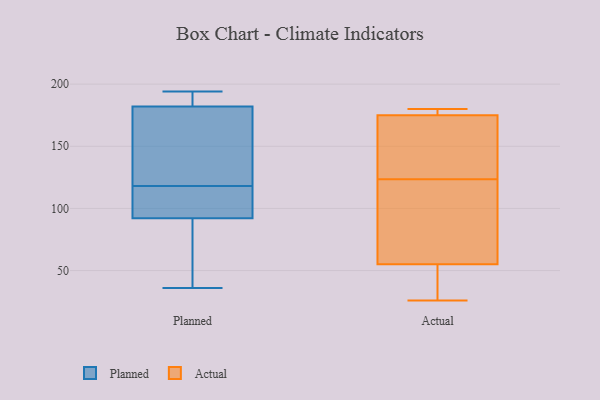
{"axis": {"x": "Operating Costs (USD K)", "y": "Value"}, "legend": ["Actual", "Planned"], "data": [{"x": "", "y": 92, "type": "Planned"}, {"x": "", "y": 194, "type": "Planned"}, {"x": "", "y": 131, "type": "Planned"}, {"x": "", "y": 182, "type": "Planned"}, {"x": "", "y": 91, "type": "Planned"}, {"x": "", "y": 127, "type": "Planned"}, {"x": "", "y": 103, "type": "Planned"}, {"x": "", "y": 109, "type": "Planned"}, {"x": "", "y": 187, "type": "Planned"}, {"x": "", "y": 36, "type": "Planned"}, {"x": "", "y": 180, "type": "Actual"}, {"x": "", "y": 80, "type": "Actual"}, {"x": "", "y": 175, "type": "Actual"}, {"x": "", "y": 167, "type": "Actual"}, {"x": "", "y": 53, "type": "Actual"}, {"x": "", "y": 175, "type": "Actual"}, {"x": "", "y": 178, "type": "Actual"}, {"x": "", "y": 26, "type": "Actual"}, {"x": "", "y": 77, "type": "Actual"}, {"x": "", "y": 55, "type": "Actual"}]}